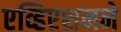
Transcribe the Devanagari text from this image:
एव्हिएशनने